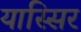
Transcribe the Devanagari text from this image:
यास्सिर